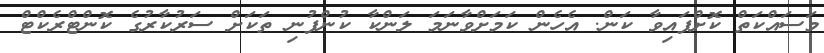
މަސައްކަތް ކޮށްފައިވާ ކަން. އެހެން ކަމަށްވާނަމަ ލަންކާ ކުުންފުނި ތަކަށް ސަރުކާރުގެ ކޮންޓްރެކްޓް